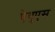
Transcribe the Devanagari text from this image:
ऐगुएस